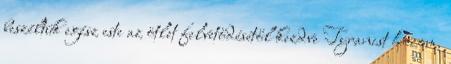
beszéltük egész este az ötlet felvetődésétől kezdve Tyranist hozom.